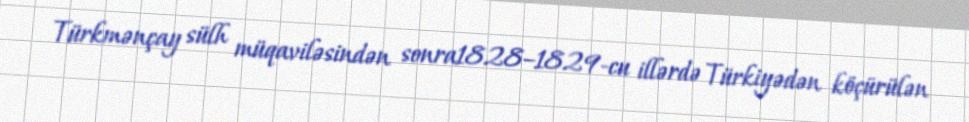
Türkmənçay sülh müqaviləsindən sonra1828–1829-cu illərdə Türkiyədən köçürülən